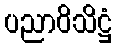
ပညာဝိသိဋ္ဌံ